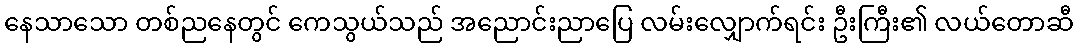
နေသာသော တစ်ညနေတွင် ကေသွယ်သည် အညောင်းညာပြေ လမ်းလျှောက်ရင်း ဦးကြီး၏ လယ်တောဆီ